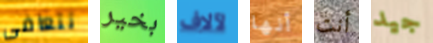
تتعافى بخير لآلاف أنها أنت جيد